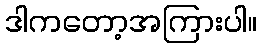
ဒါကတော့အကြားပါ။